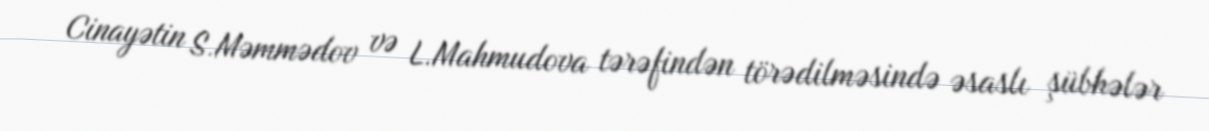
Cinayətin S.Məmmədov və L.Mahmudova tərəfindən törədilməsində əsaslı şübhələr